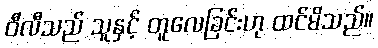
ဝီလီသည် သူနှင့် တူလေခြင်းဟု ထင်မိသည်။